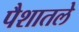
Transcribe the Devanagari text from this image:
पैशातले